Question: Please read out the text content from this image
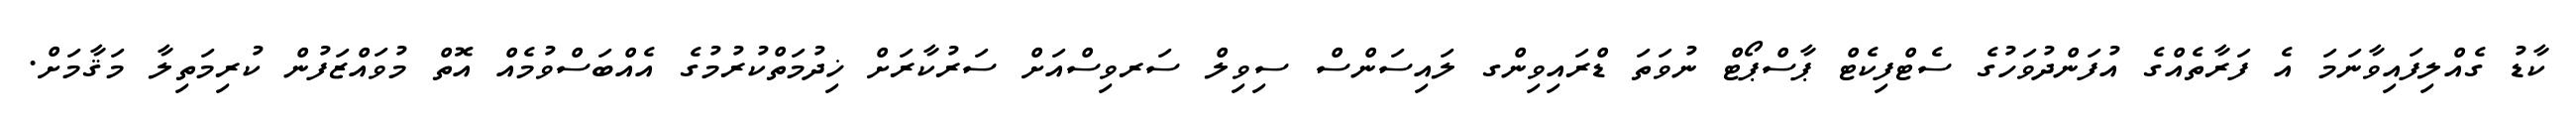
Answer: ކާޑު ގެއްލިފައިވާނަމަ އެ ފަރާތެއްގެ އުފަންދުވަހުގެ ސެޓްފިކެޓް ޕާސްޕޯޓް ނުވަތަ ޑްރައިވިންގ ލައިސަންސް ސިވިލް ސަރވިސްއަށް ސަރުކާރަށް ޚިދުމަތްކުރުމުގެ އެއްބަސްވުމެއް އޮތް މުވައްޒަފުން ކުރިމަތިލާ މަޤާމަށް.